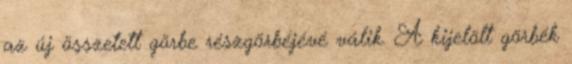
az új összetett görbe részgörbéjévé válik. A kijelölt görbék